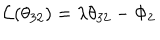
LaTeX: { \cal L } ( \theta _ { 3 2 } ) = \lambda \theta _ { 3 2 } - \Phi _ { 2 }